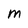
Character: M